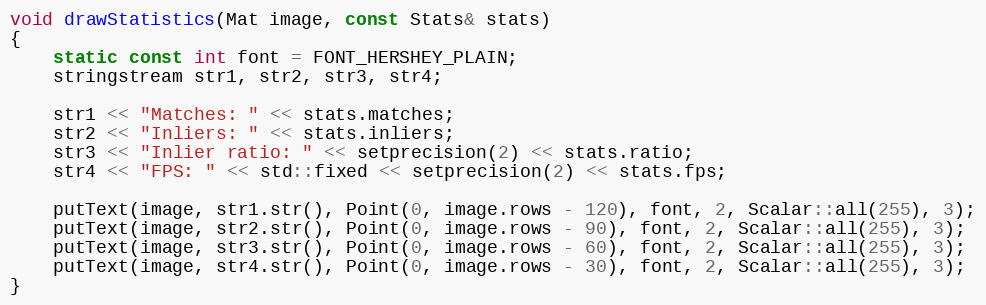
Language: C
void drawStatistics(Mat image, const Stats& stats)
{
    static const int font = FONT_HERSHEY_PLAIN;
    stringstream str1, str2, str3, str4;

    str1 << "Matches: " << stats.matches;
    str2 << "Inliers: " << stats.inliers;
    str3 << "Inlier ratio: " << setprecision(2) << stats.ratio;
    str4 << "FPS: " << std::fixed << setprecision(2) << stats.fps;

    putText(image, str1.str(), Point(0, image.rows - 120), font, 2, Scalar::all(255), 3);
    putText(image, str2.str(), Point(0, image.rows - 90), font, 2, Scalar::all(255), 3);
    putText(image, str3.str(), Point(0, image.rows - 60), font, 2, Scalar::all(255), 3);
    putText(image, str4.str(), Point(0, image.rows - 30), font, 2, Scalar::all(255), 3);
}